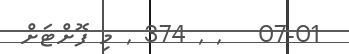
07-01